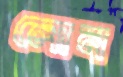
লোন